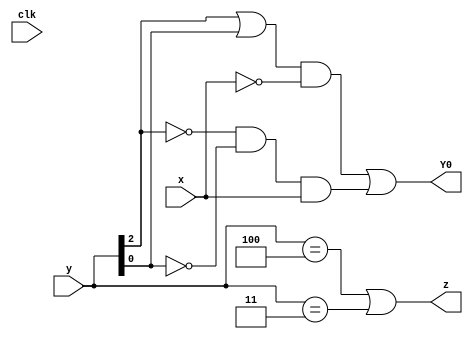
module top_module (
    input clk,
    input [2:0] y,
    input x,
    output Y0,
    output z
);	
    assign Y0 = ((y[2]|y[0])&~x) | (~y[2]&~y[0]&x);
    assign z = y==3'b100 || y==3'b011;

endmodule